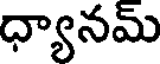
ధ్యానమ్